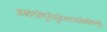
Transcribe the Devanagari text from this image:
अस्तंगतेगुरौशुक्रेतथामासेमलिम्लुचे